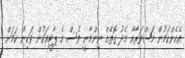
އެހެންކަމުން މަޝްވަރާއާ މެދު ގޮތެއް ނިންމާނީ ވެސް އެ ޕާޓީއަކުން ވަކިން ކަަމަށް